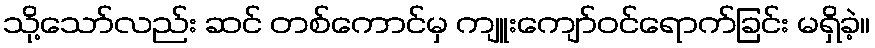
သို့သော်လည်း ဆင် တစ်ကောင်မှ ကျူးကျော်ဝင်ရောက်ခြင်း မရှိခဲ့။